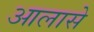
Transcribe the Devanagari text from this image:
आलासे